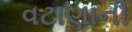
વટાણાની